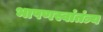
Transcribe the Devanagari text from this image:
भाषणस्वांतंत्र्य